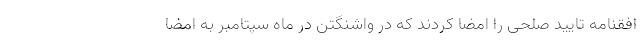
افقنامه تایید صلحی را امضا کردند که در واشنگتن در ماه سپتامبر به امضا